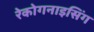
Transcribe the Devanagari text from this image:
रेकोगनाइसिंग